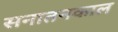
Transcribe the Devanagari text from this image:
सनातनकाल